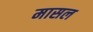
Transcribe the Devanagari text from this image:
मासल